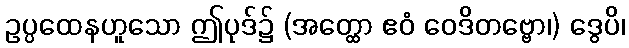
ဥပ္ပထေနဟူသော ဤပုဒ်၌ (အတ္ထော ဧဝံ ဝေဒိတဗ္ဗော၊) ဒွေပိ၊